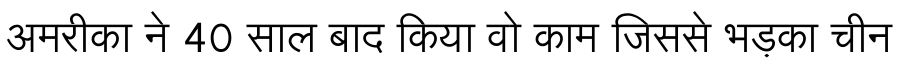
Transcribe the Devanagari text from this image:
अमरीका ने 40 साल बाद किया वो काम जिससे भड़का चीन